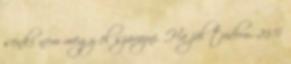
senki nem megy el szavazni. Ha jól tudom, 25%